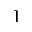
\rceil